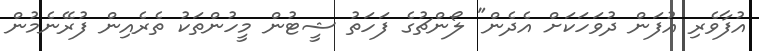
އުފާވެރި އުފަން ދުވަހަކަށް އެދެން" ލޯންޗުގެ ފަހަތު ޝީޓުން މީހުންތަކު ތެރެއިން ފުރޭނެމުން